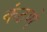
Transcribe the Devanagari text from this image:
कंठणे